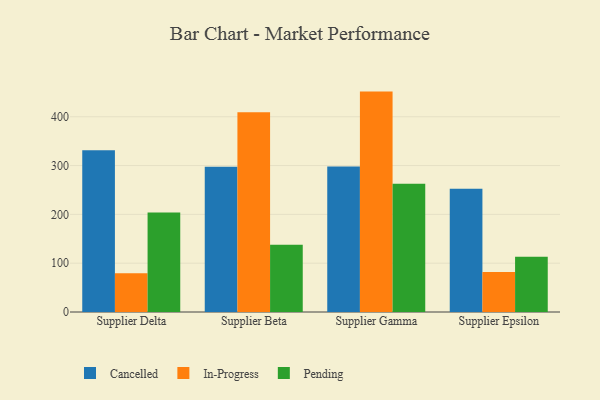
{"axis": {"x": "Supplier", "y": "Bounce Rate (%)"}, "legend": ["Cancelled", "In-Progress", "Pending"], "data": [{"x": "Supplier Delta", "y": 331.6, "type": "Cancelled"}, {"x": "Supplier Delta", "y": 79.5, "type": "In-Progress"}, {"x": "Supplier Delta", "y": 203.6, "type": "Pending"}, {"x": "Supplier Beta", "y": 297.6, "type": "Cancelled"}, {"x": "Supplier Beta", "y": 409.4, "type": "In-Progress"}, {"x": "Supplier Beta", "y": 137.6, "type": "Pending"}, {"x": "Supplier Gamma", "y": 298.2, "type": "Cancelled"}, {"x": "Supplier Gamma", "y": 451.5, "type": "In-Progress"}, {"x": "Supplier Gamma", "y": 262.8, "type": "Pending"}, {"x": "Supplier Epsilon", "y": 252.6, "type": "Cancelled"}, {"x": "Supplier Epsilon", "y": 81.7, "type": "In-Progress"}, {"x": "Supplier Epsilon", "y": 113.3, "type": "Pending"}]}